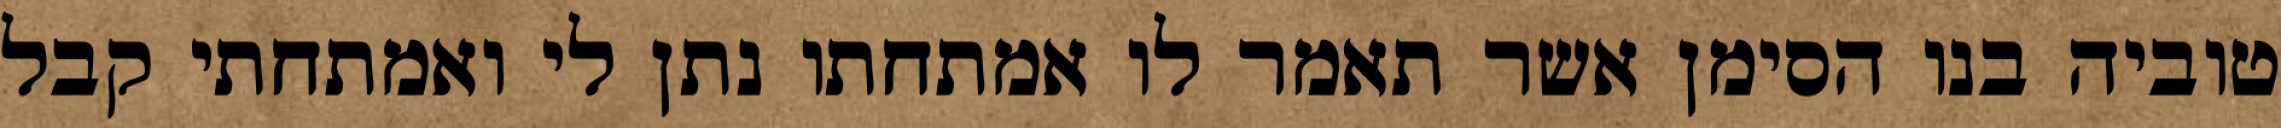
טוביה בנו הסימן אשר תאמר לו אמתחתו נתן לי ואמתחתי קבל